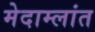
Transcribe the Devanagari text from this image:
मेदाम्लांत